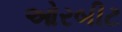
ઓરબીટ